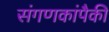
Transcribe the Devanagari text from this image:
संगणकांपैकी